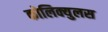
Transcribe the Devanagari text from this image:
कोलिक्युलस